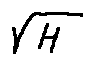
\sqrt { H }